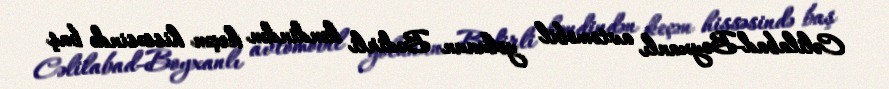
Cəlilabad-Boyxanlı avtomobil yolunun Bədirli kəndindən keçən hissəsində baş